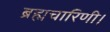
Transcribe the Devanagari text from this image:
ब्रह्मचारिणी।